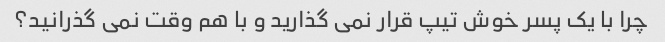
چرا با یک پسر خوش تیپ قرار نمی گذارید و با هم وقت نمی گذرانید؟